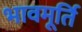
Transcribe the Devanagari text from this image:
भावमूर्ति